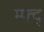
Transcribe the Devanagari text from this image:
म्फ्द्